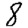
Digit: 8